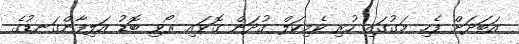
އަބަދަށް ފެހި މަގުގައި ހުރި ކެމިކަލް ގުދަން ގޮވައި ރޯވި ބޮޑު އަލިފާންގަނޑުގެ